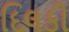
દિલકી